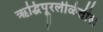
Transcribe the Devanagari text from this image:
ऋद्धिपूरलीळेतील